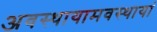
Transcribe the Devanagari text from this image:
अवस्थायामवस्थायां